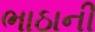
ભાઠાની